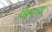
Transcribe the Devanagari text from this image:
विवरांच्या